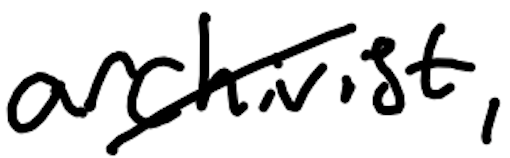
Text: archivist,
Cross-out: diagonal
Writing tool: digital_black